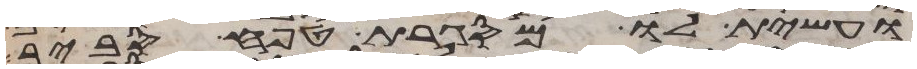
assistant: ועשית לו מסגרת טפח סביב